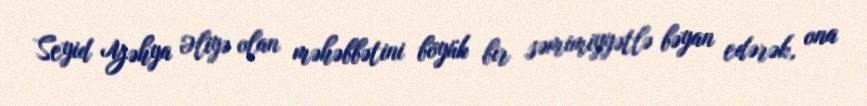
Seyid Yəhya Əliyə olan məhəbbətini böyük bir səmimiyyətlə bəyan edərək, ona